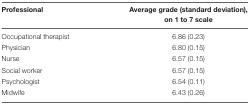
<table><thead><tr><td><b>Professional</b></td><td><b>Average grade (standard deviation), on 1 to 7 scale</b></td></tr></thead><tbody><tr><td>Occupational therapist</td><td>6.86 (0.23)</td></tr><tr><td>Physician</td><td>6.80 (0.15)</td></tr><tr><td>Nurse</td><td>6.57 (0.15)</td></tr><tr><td>Social worker</td><td>6.57 (0.15)</td></tr><tr><td>Psychologist</td><td>6.54 (0.11)</td></tr><tr><td>Midwife</td><td>6.43 (0.26)</td></tr></tbody></table>